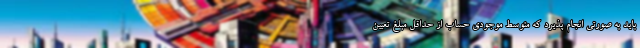
باید به صورتی انجام پذیرد که متوسط موجودی حساب از حداقل مبلغ تعیین